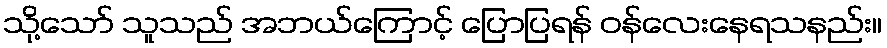
သို့သော် သူသည် အဘယ်ကြောင့် ပြောပြရန် ဝန်လေးနေရသနည်း။